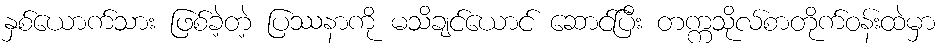
နှစ်ယောက်သား ဖြစ်ခဲ့တဲ့ ပြဿနာကို မသိချင်ယောင် ဆောင်ပြီး တက္ကသိုလ်စာတိုက်ဝန်းထဲမှာ